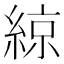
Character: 綡